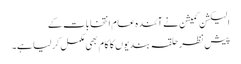
الیکشن کمیشن نے آئندہ عام انتخابات کے
پیش نظر حلقہ بندیوں کا کام بھی مکمل کرلیا ہے۔